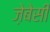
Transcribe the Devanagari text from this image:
ज़ेबेसी